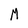
Character: M